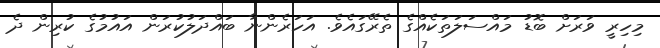
މިހިރީ ވަރަށް ބޮޑު މައްސަލަތަކެއްގެ ތެރޭގައެވެ. އަހަރެންނާ ބައްދަލުކުރަން އައުމުގެ ކުރިން ދެ